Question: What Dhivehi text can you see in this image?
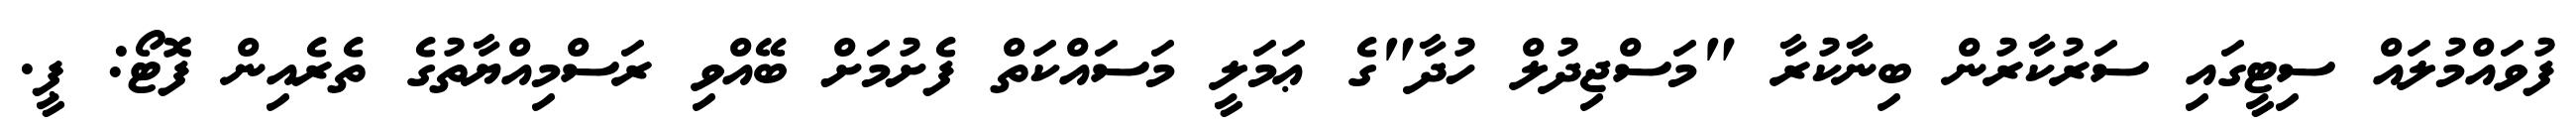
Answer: ފުވައްމުލައް ސިޓީގައި ސަރުކާރުން ބިނާކުރާ "މަސްޖިދުލް ހުދާ"ގެ ޢަމަލީ މަސައްކަތް ފެށުމަށް ބޭއްވި ރަސްމިއްޔާތުގެ ތެރެއިން ފޮޓޯ: ޕީ.